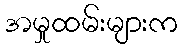
အမှုထမ်းများက